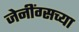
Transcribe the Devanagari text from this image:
जेनींग्सच्या